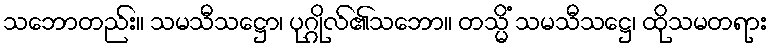
သဘောတည်း။ သမသီသဋ္ဌော၊ ပုဂ္ဂိုလ်၏သဘော။ တသ္မိံ သမသီသဋ္ဌေ၊ ထိုသမတရား